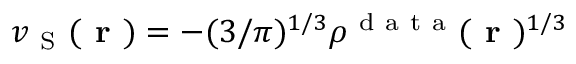
v _ { \mathrm { ~ S ~ } } ( \boldsymbol { \textbf { r } } ) = - ( 3 / \pi ) ^ { 1 / 3 } \rho ^ { \mathrm { ~ d ~ a ~ t ~ a ~ } } ( \boldsymbol { \textbf { r } } ) ^ { 1 / 3 }